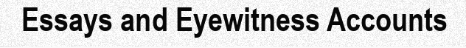
Essays and Eyewitness Accounts